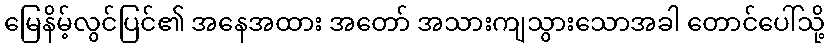
မြေနိမ့်လွင်ပြင်၏ အနေအထား အတော် အသားကျသွားသောအခါ တောင်ပေါ်သို့